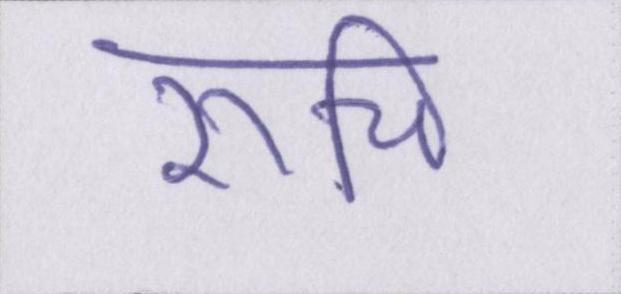
रूचि